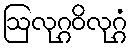
ဩလုဂ္ဂဝိလုဂ္ဂံ